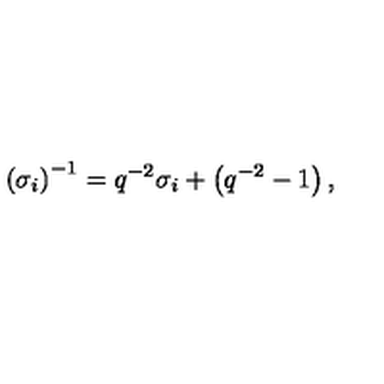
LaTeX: \left( \sigma _ { i } \right) ^ { - 1 } = q ^ { - 2 } \sigma _ { i } + \left( q ^ { - 2 } - 1 \right) ,